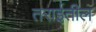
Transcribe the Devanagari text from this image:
तराईतील